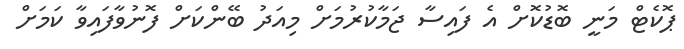
ޕޮކެޓް މަނީ ބޮޑުކޮށް އެ ފައިސާ ޖަމާކުރުމަށް މިއަދު ބޭންކަށް ފޮނުވާފައިވާ ކަމަށް